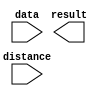
// megafunction wizard: %LPM_CLSHIFT%VBB%
// GENERATION: STANDARD
// VERSION: WM1.0
// MODULE: LPM_CLSHIFT 

// ============================================================
// Megafunction Name(s):
// 			LPM_CLSHIFT
//
// Simulation Library Files(s):
// 			
// ============================================================
// ************************************************************
// THIS IS A WIZARD-GENERATED FILE. DO NOT EDIT THIS FILE!
//
// 13.0.1 Build 232 06/12/2013 SP 1 SJ Full Version
// ************************************************************

//Copyright (C) 1991-2013 Altera Corporation
//Your use of Altera Corporation's design tools, logic functions 
//and other software and tools, and its AMPP partner logic 
//functions, and any output files from any of the foregoing 
//(including device programming or simulation files), and any 
//associated documentation or information are expressly subject 
//to the terms and conditions of the Altera Program License 
//Subscription Agreement, Altera MegaCore Function License 
//Agreement, or other applicable license agreement, including, 
//without limitation, that your use is for the sole purpose of 
//programming logic devices manufactured by Altera and sold by 
//Altera or its authorized distributors.  Please refer to the 
//applicable agreement for further details.

module rol_2 (
	data,
	distance,
	result);

	input	[31:0]  data;
	input	[4:0]  distance;
	output	[31:0]  result;

endmodule

// ============================================================
// CNX file retrieval info
// ============================================================
// Retrieval info: PRIVATE: INTENDED_DEVICE_FAMILY STRING "Cyclone III"
// Retrieval info: PRIVATE: LPM_SHIFTTYPE NUMERIC "2"
// Retrieval info: PRIVATE: LPM_WIDTH NUMERIC "32"
// Retrieval info: PRIVATE: SYNTH_WRAPPER_GEN_POSTFIX STRING "0"
// Retrieval info: PRIVATE: lpm_widthdist NUMERIC "5"
// Retrieval info: PRIVATE: lpm_widthdist_style NUMERIC "0"
// Retrieval info: PRIVATE: new_diagram STRING "1"
// Retrieval info: PRIVATE: port_direction NUMERIC "0"
// Retrieval info: LIBRARY: lpm lpm.lpm_components.all
// Retrieval info: CONSTANT: LPM_SHIFTTYPE STRING "ROTATE"
// Retrieval info: CONSTANT: LPM_TYPE STRING "LPM_CLSHIFT"
// Retrieval info: CONSTANT: LPM_WIDTH NUMERIC "32"
// Retrieval info: CONSTANT: LPM_WIDTHDIST NUMERIC "5"
// Retrieval info: USED_PORT: data 0 0 32 0 INPUT NODEFVAL "data[31..0]"
// Retrieval info: USED_PORT: distance 0 0 5 0 INPUT NODEFVAL "distance[4..0]"
// Retrieval info: USED_PORT: result 0 0 32 0 OUTPUT NODEFVAL "result[31..0]"
// Retrieval info: CONNECT: @data 0 0 32 0 data 0 0 32 0
// Retrieval info: CONNECT: @direction 0 0 0 0 GND 0 0 0 0
// Retrieval info: CONNECT: @distance 0 0 5 0 distance 0 0 5 0
// Retrieval info: CONNECT: result 0 0 32 0 @result 0 0 32 0
// Retrieval info: GEN_FILE: TYPE_NORMAL rol_2.v TRUE
// Retrieval info: GEN_FILE: TYPE_NORMAL rol_2.inc FALSE
// Retrieval info: GEN_FILE: TYPE_NORMAL rol_2.cmp FALSE
// Retrieval info: GEN_FILE: TYPE_NORMAL rol_2.bsf FALSE
// Retrieval info: GEN_FILE: TYPE_NORMAL rol_2_inst.v FALSE
// Retrieval info: GEN_FILE: TYPE_NORMAL rol_2_bb.v TRUE